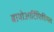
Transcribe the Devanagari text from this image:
बायोआर्टिफिशियल